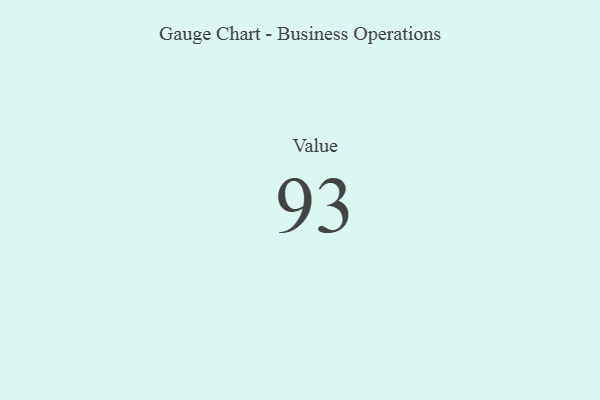
{"axis": {"x": "Metric", "y": "Value"}, "legend": [""], "data": [{"x": "Value", "y": 93, "type": ""}]}